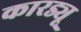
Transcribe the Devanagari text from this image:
कारड्यू